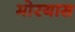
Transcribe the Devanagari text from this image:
मोरयास